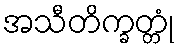
အသီတိက္ခတ္တုံ